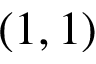
( 1 , 1 )